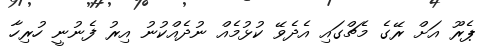
ޕެރޫ އަށް ރޭގެ މެޗްގައި އެދެވޭ ކުޅުމެއް ނުދެއްކުނު އިރު ފެނުނީ ހުރިހާ